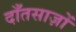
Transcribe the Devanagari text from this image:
दाँतसाज़ों